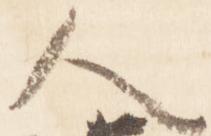
人